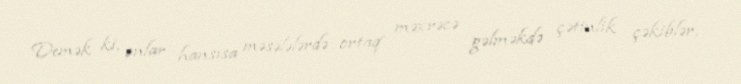
Demək ki, onlar hansısa məsələlərdə ortaq məxrəcə gəlməkdə çətinlik çəkiblər,